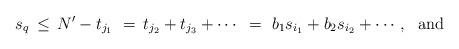
LaTeX: \begin{align*} ~s_q \, \leq \, N' - t_{j_1} ~ = \, t_{j_2} + t_{j_3} + \cdots~ = ~ b_1s_{i_1} + b_2 s_{i_2} + \cdots, ~\mbox{ and }\end{align*}